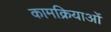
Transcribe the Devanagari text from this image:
कामक्रियाओं